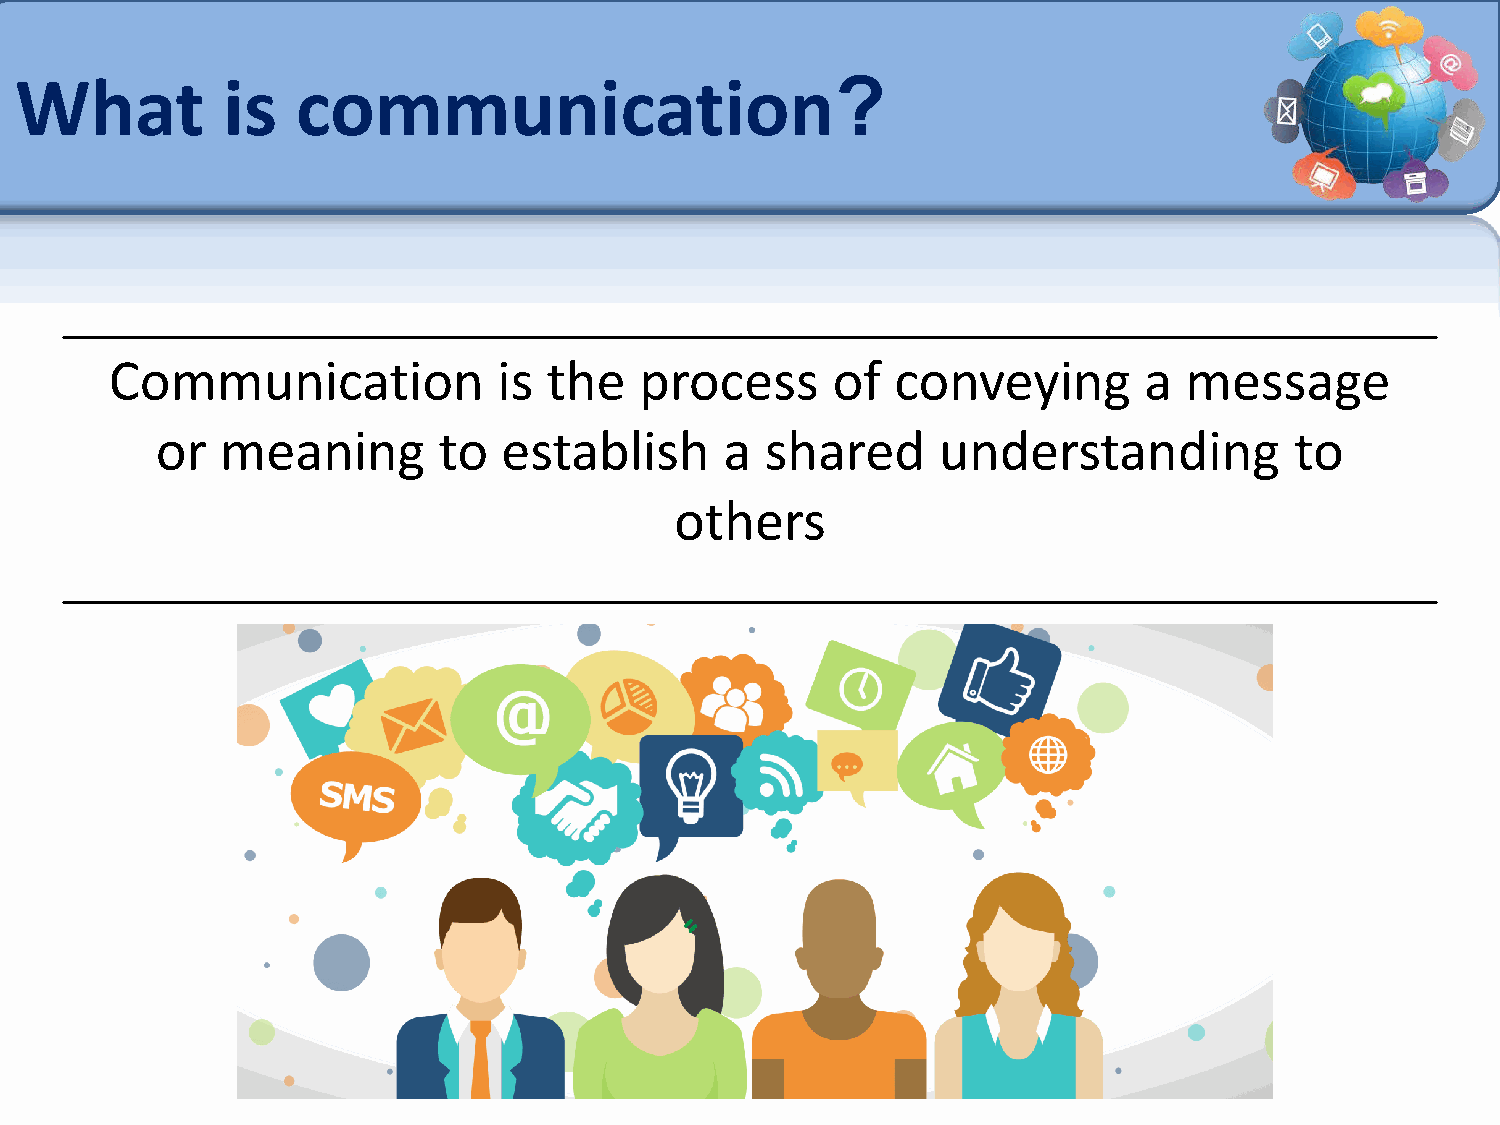
What          is   communication?
 Communication             is the   process      of  conveying        a message
 or   meaning       to  establish      a  shared     understanding           to
 others